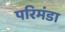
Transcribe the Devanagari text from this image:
परिमंडा